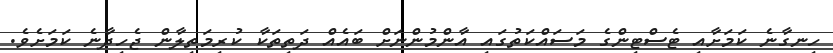
ހިނގާނެ ކަމަށާއި ޓެސްޓިންގެ މަސައްކަތުގައި އާންމުންނަށް ބައެއް ދަތިތަކާ ކުރިމަތިލާން ޖެހިދާނެ ކަމަށެވެ.